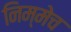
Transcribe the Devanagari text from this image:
निम्मेच